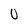
Character: 0